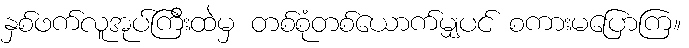
နှစ်ဖက်လူအုပ်ကြီးထဲမှ တစ်စုံတစ်ယောက်မျှပင် စကားမပြောကြ။